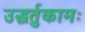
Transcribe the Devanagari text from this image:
उद्धर्तुकामः